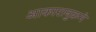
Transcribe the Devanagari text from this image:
आकारानुक्रमे